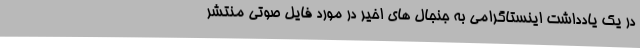
در یک یادداشت اینستاگرامی به جنجال های اخیر در مورد فایل صوتی منتشر